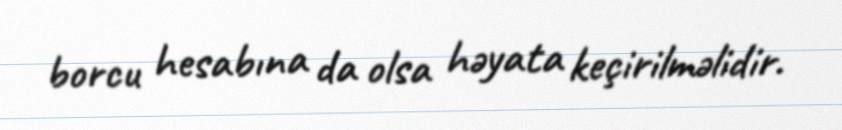
borcu hesabına da olsa həyata keçirilməlidir.